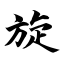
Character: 旋